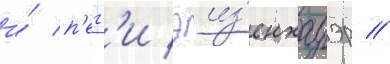
и́ п'егг'и эиз'енхауэр //